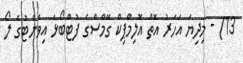
13) - މިދިޔަ އަހަރު އޮތް އޮލިމްޕިކް ގޭމްސްގެ ފުޓްބޯޅަ އިވެންޓުގެ ލޯ